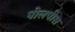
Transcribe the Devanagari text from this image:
पोलपीस